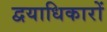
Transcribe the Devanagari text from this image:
द्वयाधिकारों